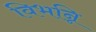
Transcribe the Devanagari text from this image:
विभन्नि